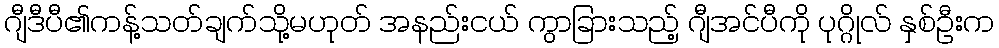
ဂျီဒီပီ၏ကန့်သတ်ချက်သို့မဟုတ် အနည်းငယ် ကွာခြားသည့် ဂျီအင်ပီကို ပုဂ္ဂိုလ် နှစ်ဦးက